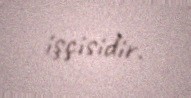
işçisidir.